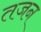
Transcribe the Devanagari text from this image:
तजन